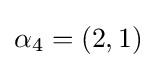
\alpha _{4}=(2,1)